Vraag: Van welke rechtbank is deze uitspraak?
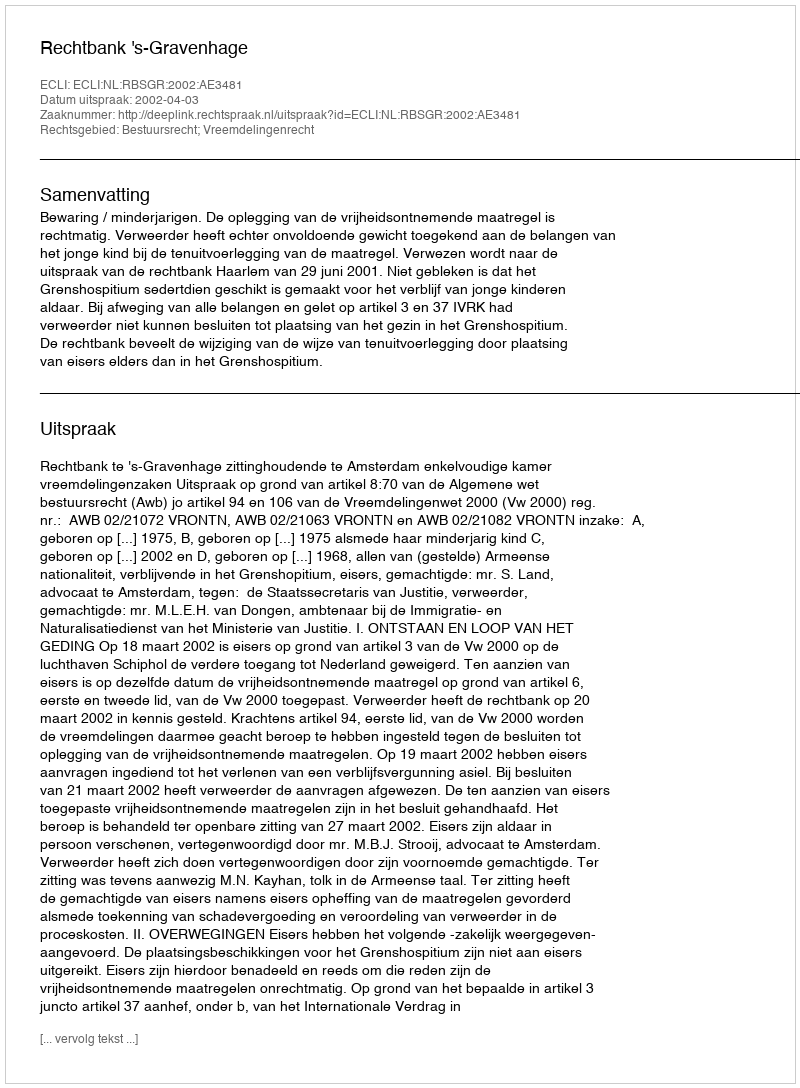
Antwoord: Rechtbank 's-Gravenhage